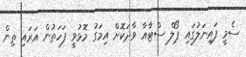
ސެމީ ފައިނަލުގައި ޕޯލް ސްޓާއާ ވާދަކޮށް އިމަގު މޮޅުވީ ފަހަތުން އަރައި ތިން